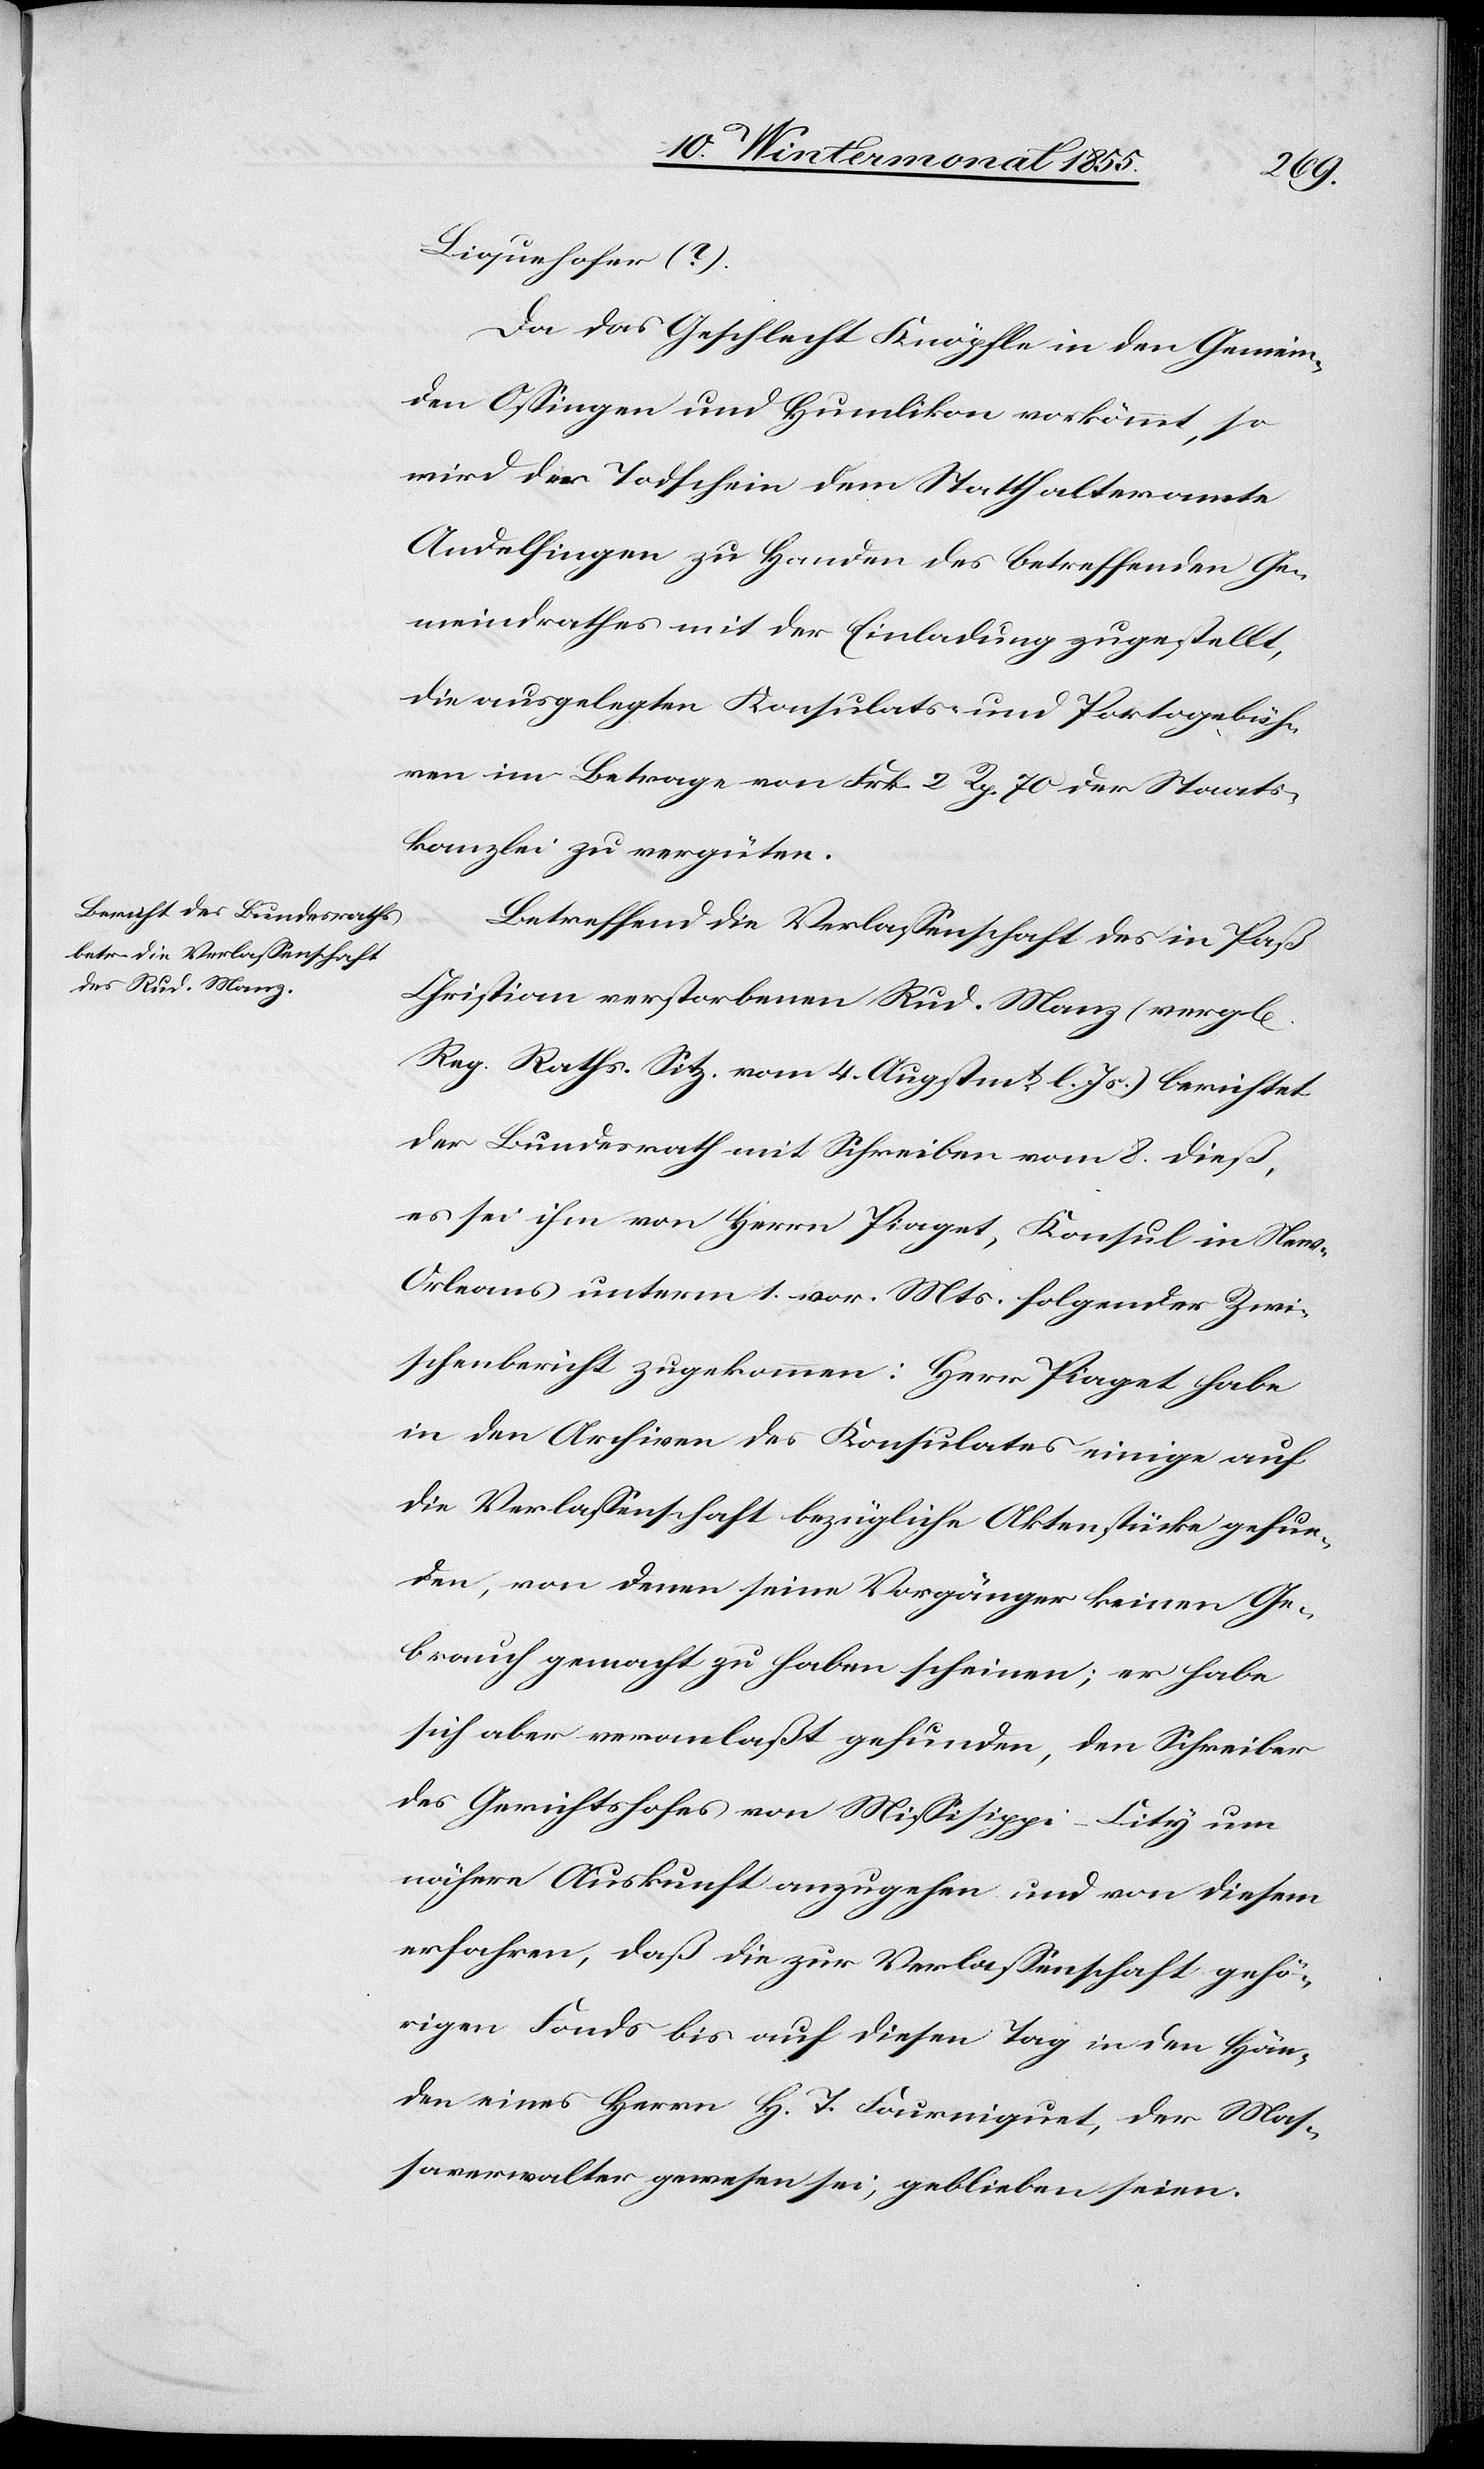
l[eiche]
Liquehofer (?).
Da das Geschlecht Knöpfle in den Gemein¬
den Ossingen und Humlikon vorkömmt, so
wird der Todschein dem Statthalteramte
Andelfingen zu Handen des betreffenden Ge¬
meindrathes mit der Einladung zugestellt,
die ausgelegten Konsulats- und Portogebüh¬
ren im Betrage von Frk. 2 Rp. 70 der Staats¬
kanzlei zu vergüten.
Betreffend die Verlassenschaft des in Paß
Christian verstorbenen Rud. Manz (verg¬
Reg. Raths. Sitz. vom 4. Augstmt. l. Js.) berichtet
der Bundesrath mit Schreiben vom 8. dieß,
es sei ihm von Herrn Piaget, Konsul in Ne¬
w-Orleans unterm 1. vor. Mts. folgender Zwi¬
schenbericht zugekommen: Herr Piaget habe
in den Archiven des Konsulates einige auf
die Verlassenschaft bezügliche Aktenstücke gefun¬
den, von denen seine Vorgänger keinen Ge¬
brauch gemacht zu haben scheinen; er habe
sich aber veranlaßt gefunden, den Schreiber
des Gerichtshofes von Missis[s]ippi-City um
nähere Auskunft anzugehen und von diesem
erfahren, daß die zur Verlassenschaft gehö¬
rigen Fonds bis auf diesen Tag in den Hän¬
den eines Herrn H. T. Fourniquet, der Mas¬
saverwalter gewesen sei, geblieben seien.